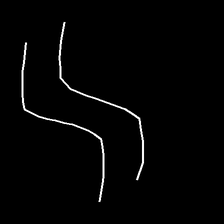
Glyph: float